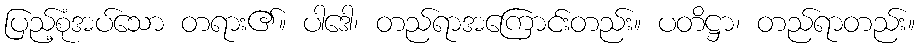
ပြည့်စုံအပ်သော တရား၏။ ပါဒေါ၊ တည်ရာအကြောင်းတည်း။ ပတိဋ္ဌာ၊ တည်ရာတည်း။